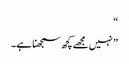
“
” نہیں مجھے کچھ سمجھنا ہے۔